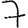
Digit: 7